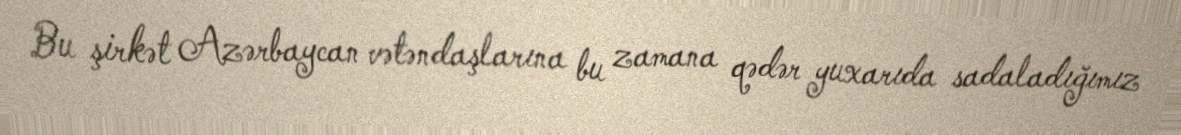
Bu şirkət Azərbaycan vətəndaşlarına bu zamana qədər yuxarıda sadaladığımız